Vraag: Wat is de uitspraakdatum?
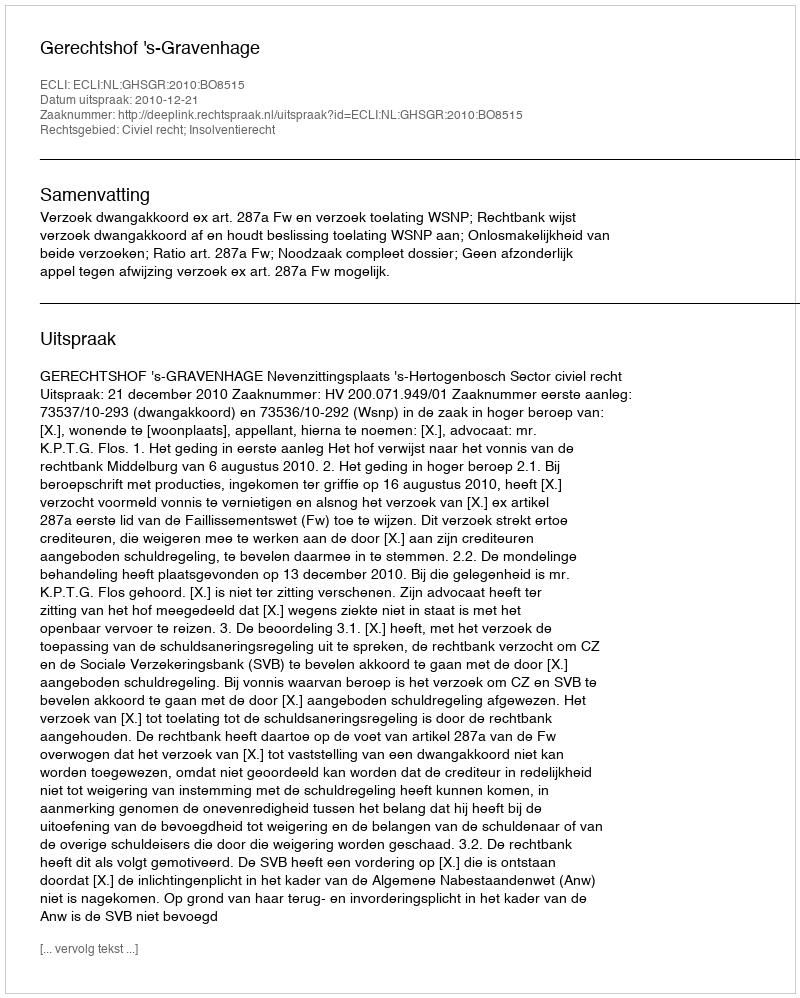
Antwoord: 2010-12-21